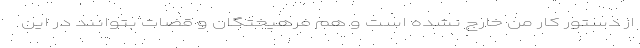
از دستور کار من خارج نشده است و هم فرهیختگان و قضات بتوانند در این